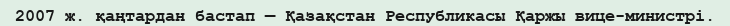
2007 ж. қаңтардан бастап — Қазақстан Республикасы Қаржы вице-министрі.